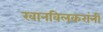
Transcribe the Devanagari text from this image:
खानविलकरांनी